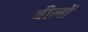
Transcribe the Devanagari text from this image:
बीलों